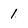
Character: 1